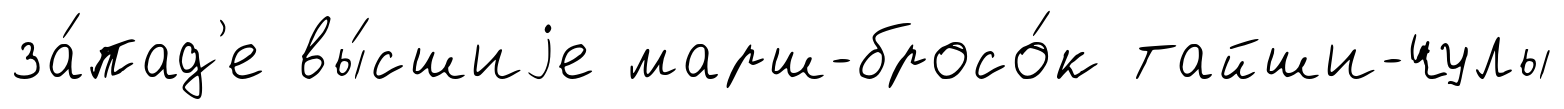
за́пад'е вы́сшиjе марш-бросо́к тайши-чулы